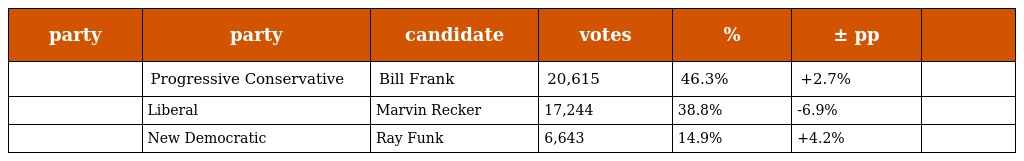
| party | party | candidate | votes | % | ± pp |  |
 | --- | --- | --- | --- | --- | --- | --- |
 |  | Progressive Conservative | Bill Frank | 20,615 | 46.3% | +2.7% |  |
 |  | Liberal | Marvin Recker | 17,244 | 38.8% | -6.9% |  |
 |  | New Democratic | Ray Funk | 6,643 | 14.9% | +4.2% |  |